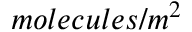
m o l e c u l e s / m ^ { 2 }